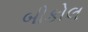
બીકોલ